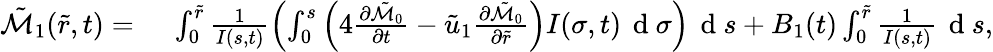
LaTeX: \begin{array}{rl}{\tilde{\mathcal{M}}_{1}(\tilde{r},t)=}&{{}\; \int_{0}^{\tilde{r}}\frac{1}{I(s,t)}\left(\int_{0}^{s}\left(4\frac{\partial\tilde{\mathcal{M}}_{0}}{\partial t}-\tilde{u}_{1}\frac{\partial\tilde{\mathcal{M}}_{0}}{\partial\tilde{r}}\right)I(\sigma,t)\, \mathrm{~d~}\sigma\right)\, \mathrm{~d~}s+B_{1}(t)\int_{0}^{\tilde{r}}\frac{1}{I(s,t)}\, \mathrm{~d~}s,}\end{array}